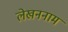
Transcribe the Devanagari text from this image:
लेखननाम